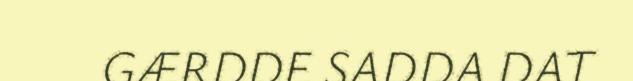
GÆRDDE SADDA DAT